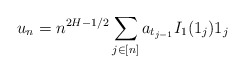
\begin{align*} u_n = n^{2H-1/2} \sum_{j\in[n]} a_{t_{j-1}} I_1(1_j) 1_j \end{align*}